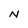
Character: N